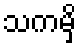
သကမှိ